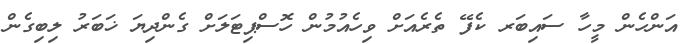
އަންހެން މީހާ ސައިބަރ ކެފޭ ތެރެއަށް ވިހެއުމުން ހޮސްޕިޓަލަށް ގެންދިޔަ ޚަބަރު ލިބިގެން